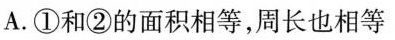
A.①和②的面积相等，周长也相等